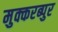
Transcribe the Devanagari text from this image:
मुक्करब्पुर